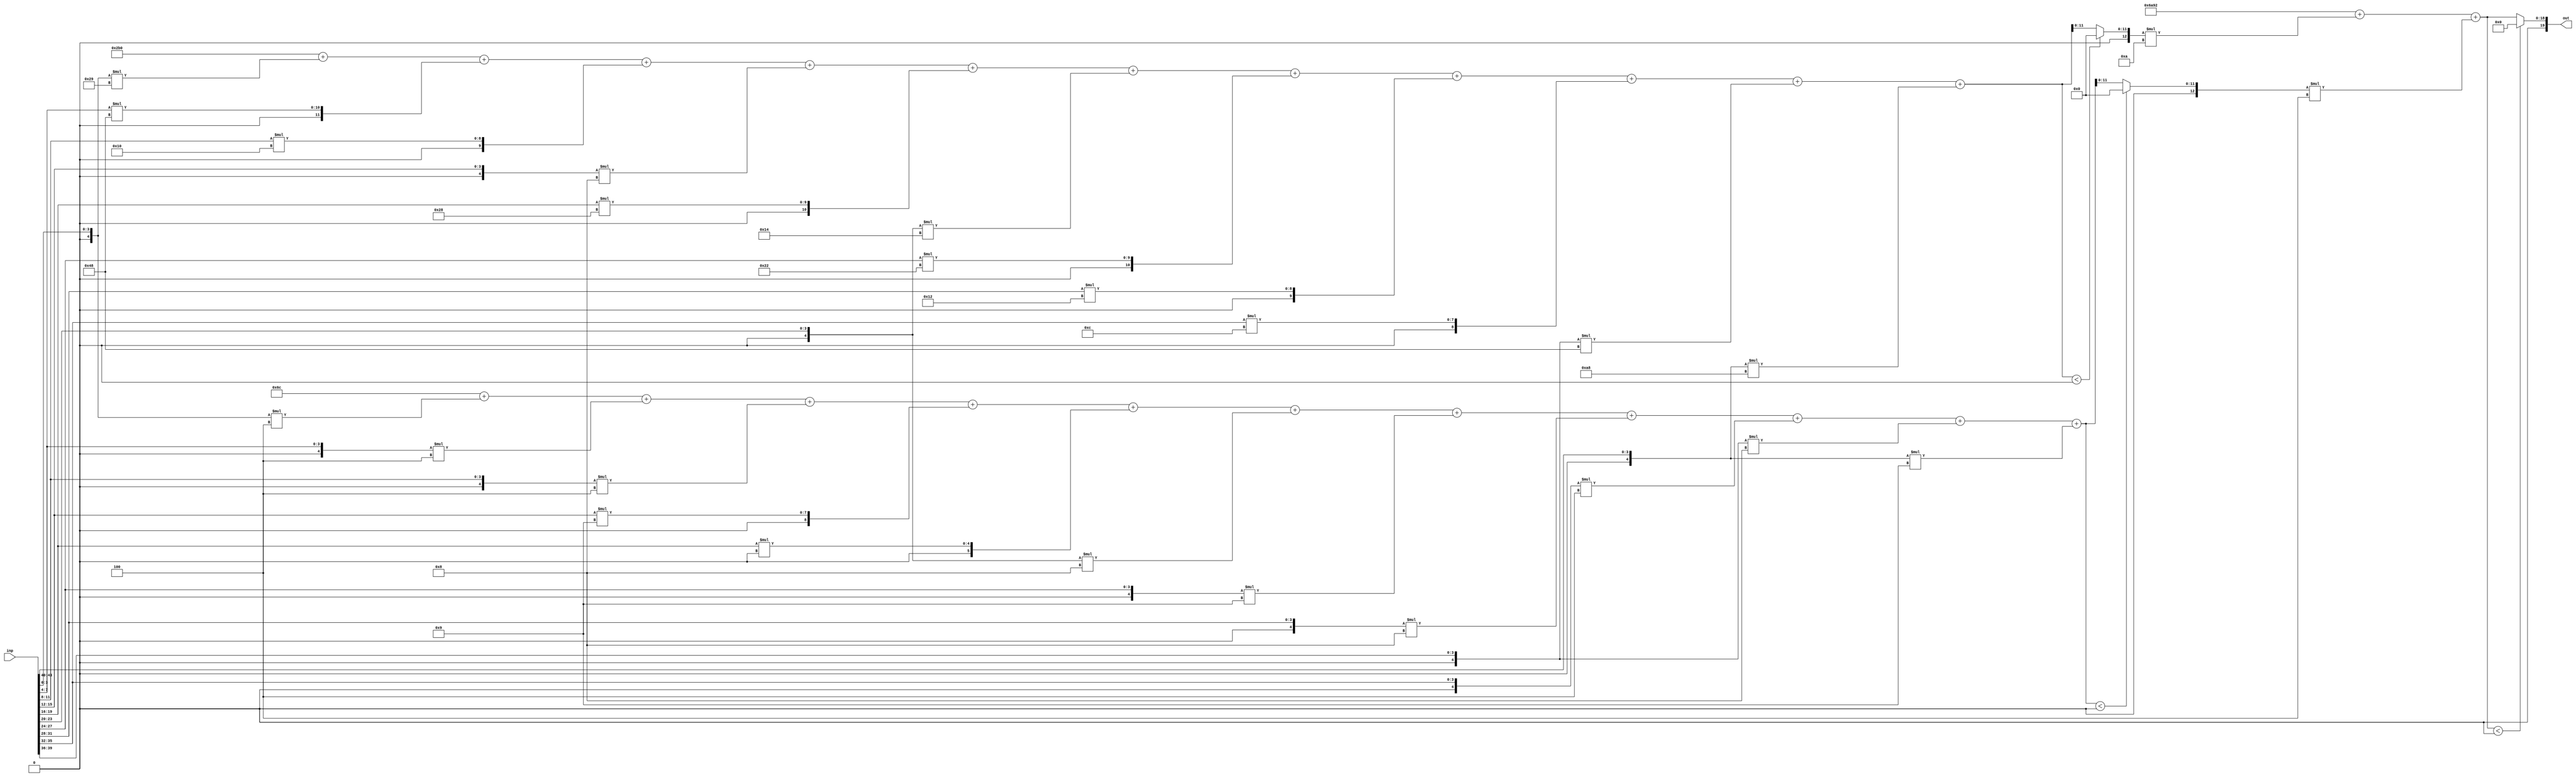
//weights: [[[-23, 72, 16, -8, 40, -12, 34, 18, 12, -56, -88], [-4, -4, -4, 9, 0, -8, -7, -8, -4, -8, -7]], [[-6, -4]]]
//intercepts: [[688, 108], [27282]]
//act size: [4, 12, 19]
//pred num: 1
module top (inp, out);
input [43:0] inp;
output [19:0] out;

// layer: 0 - neuron: 0
    wire signed [11:0] n_0_0_po_0;
    //weight -23: 8'sb11101001
    assign n_0_0_po_0 = $signed({1'b0, inp[3:0]}) * 8'sb11101001;

    wire signed [11:0] n_0_0_po_1;
    //weight 72: 8'sb01001000
    assign n_0_0_po_1 = $signed({1'b0, inp[7:4]}) * 8'sb01001000;

    wire signed [11:0] n_0_0_po_2;
    //weight 16: 8'sb00010000
    assign n_0_0_po_2 = $signed({1'b0, inp[11:8]}) * 8'sb00010000;

    wire signed [11:0] n_0_0_po_3;
    //weight -8: 8'sb11111000
    assign n_0_0_po_3 = $signed({1'b0, inp[15:12]}) * 8'sb11111000;

    wire signed [11:0] n_0_0_po_4;
    //weight 40: 8'sb00101000
    assign n_0_0_po_4 = $signed({1'b0, inp[19:16]}) * 8'sb00101000;

    wire signed [11:0] n_0_0_po_5;
    //weight -12: 8'sb11110100
    assign n_0_0_po_5 = $signed({1'b0, inp[23:20]}) * 8'sb11110100;

    wire signed [11:0] n_0_0_po_6;
    //weight 34: 8'sb00100010
    assign n_0_0_po_6 = $signed({1'b0, inp[27:24]}) * 8'sb00100010;

    wire signed [11:0] n_0_0_po_7;
    //weight 18: 8'sb00010010
    assign n_0_0_po_7 = $signed({1'b0, inp[31:28]}) * 8'sb00010010;

    wire signed [11:0] n_0_0_po_8;
    //weight 12: 8'sb00001100
    assign n_0_0_po_8 = $signed({1'b0, inp[35:32]}) * 8'sb00001100;

    wire signed [11:0] n_0_0_po_9;
    //weight -56: 8'sb11001000
    assign n_0_0_po_9 = $signed({1'b0, inp[39:36]}) * 8'sb11001000;

    wire signed [11:0] n_0_0_po_10;
    //weight -88: 8'sb10101000
    assign n_0_0_po_10 = $signed({1'b0, inp[43:40]}) * 8'sb10101000;

    wire signed [12:0] n_0_0_sum;
    assign n_0_0_sum = 688 + n_0_0_po_0 + n_0_0_po_1 + n_0_0_po_2 + n_0_0_po_3 + n_0_0_po_4 + n_0_0_po_5 + n_0_0_po_6 + n_0_0_po_7 + n_0_0_po_8 + n_0_0_po_9 + n_0_0_po_10;
    //relu
    wire [11:0] n_0_0;
    assign n_0_0 = (n_0_0_sum<0) ? $unsigned({12{1'b0}}) : $unsigned(n_0_0_sum[11:0]);

// layer: 0 - neuron: 1
    wire signed [11:0] n_0_1_po_0;
    //weight -4: 8'sb11111100
    assign n_0_1_po_0 = $signed({1'b0, inp[3:0]}) * 8'sb11111100;

    wire signed [11:0] n_0_1_po_1;
    //weight -4: 8'sb11111100
    assign n_0_1_po_1 = $signed({1'b0, inp[7:4]}) * 8'sb11111100;

    wire signed [11:0] n_0_1_po_2;
    //weight -4: 8'sb11111100
    assign n_0_1_po_2 = $signed({1'b0, inp[11:8]}) * 8'sb11111100;

    wire signed [11:0] n_0_1_po_3;
    //weight 9: 8'sb00001001
    assign n_0_1_po_3 = $signed({1'b0, inp[15:12]}) * 8'sb00001001;

    wire signed [11:0] n_0_1_po_4;
    //weight 0: 8'sb00000000
    assign n_0_1_po_4 = $signed({1'b0, inp[19:16]}) * 8'sb00000000;

    wire signed [11:0] n_0_1_po_5;
    //weight -8: 8'sb11111000
    assign n_0_1_po_5 = $signed({1'b0, inp[23:20]}) * 8'sb11111000;

    wire signed [11:0] n_0_1_po_6;
    //weight -7: 8'sb11111001
    assign n_0_1_po_6 = $signed({1'b0, inp[27:24]}) * 8'sb11111001;

    wire signed [11:0] n_0_1_po_7;
    //weight -8: 8'sb11111000
    assign n_0_1_po_7 = $signed({1'b0, inp[31:28]}) * 8'sb11111000;

    wire signed [11:0] n_0_1_po_8;
    //weight -4: 8'sb11111100
    assign n_0_1_po_8 = $signed({1'b0, inp[35:32]}) * 8'sb11111100;

    wire signed [11:0] n_0_1_po_9;
    //weight -8: 8'sb11111000
    assign n_0_1_po_9 = $signed({1'b0, inp[39:36]}) * 8'sb11111000;

    wire signed [11:0] n_0_1_po_10;
    //weight -7: 8'sb11111001
    assign n_0_1_po_10 = $signed({1'b0, inp[43:40]}) * 8'sb11111001;

    wire signed [12:0] n_0_1_sum;
    assign n_0_1_sum = 108 + n_0_1_po_0 + n_0_1_po_1 + n_0_1_po_2 + n_0_1_po_3 + n_0_1_po_4 + n_0_1_po_5 + n_0_1_po_6 + n_0_1_po_7 + n_0_1_po_8 + n_0_1_po_9 + n_0_1_po_10;
    //relu
    wire [11:0] n_0_1;
    assign n_0_1 = (n_0_1_sum<0) ? $unsigned({12{1'b0}}) : $unsigned(n_0_1_sum[11:0]);

// layer: 1 - neuron: 0
    wire signed [19:0] n_1_0_po_0;
    //weight -6: 8'sb11111010
    assign n_1_0_po_0 = $signed({1'b0, n_0_0}) * 8'sb11111010;

    wire signed [19:0] n_1_0_po_1;
    //weight -4: 8'sb11111100
    assign n_1_0_po_1 = $signed({1'b0, n_0_1}) * 8'sb11111100;

    wire signed [19:0] n_1_0_sum;
    assign n_1_0_sum = 27282 + n_1_0_po_0 + n_1_0_po_1;
    //relu
    wire [18:0] n_1_0;
    assign n_1_0 = (n_1_0_sum<0) ? $unsigned({19{1'b0}}) : $unsigned(n_1_0_sum[18:0]);

    assign out = {n_1_0};

endmodule